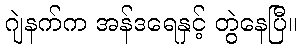
ဂျဲနက်က အန်ဒရေနှင့် တွဲနေပြီ။